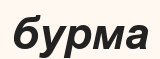
бурма